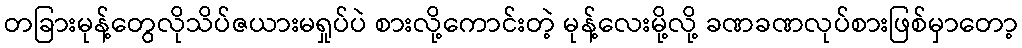
တခြားမုန့်တွေလိုသိပ်ဇယားမရှုပ်ပဲ စားလို့ကောင်းတဲ့ မုန့်လေးမို့လို့ ခဏခဏလုပ်စားဖြစ်မှာတော့